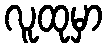
လူထုမှာ